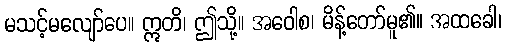
မသင့်မလျော်ပေ။ ဣတိ၊ ဤသို့။ အဝေါစ၊ မိန့်တော်မူ၏။ အထခေါ၊